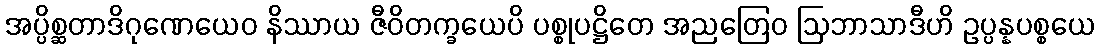
အပ္ပိစ္ဆတာဒိဂုဏေယေဝ နိဿာယ ဇီဝိတက္ခယေပိ ပစ္စုပဋ္ဌိတေ အညတြေဝ ဩဘာသာဒီဟိ ဥပ္ပန္နပစ္စယေ